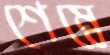
শেম্বে